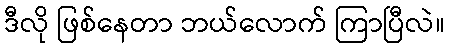
ဒီလို ဖြစ်နေတာ ဘယ်လောက် ကြာပြီလဲ။